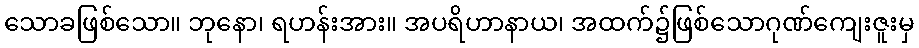
သောခဖြစ်သော။ ဘုနော၊ ရဟန်းအား။ အပရိဟာနာယ၊ အထက်၌ဖြစ်သောဂုဏ်ကျေးဇူးမှ